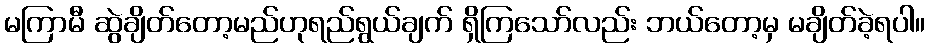
မကြာမီ ဆွဲချိတ်တော့မည်ဟုရည်ရွယ်ချက် ရှိကြသော်လည်း ဘယ်တော့မှ မချိတ်ခဲ့ရပါ။